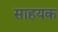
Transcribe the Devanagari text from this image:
साहयक